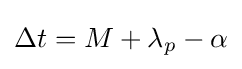
\Delta t=M+\lambda _{p}-\alpha